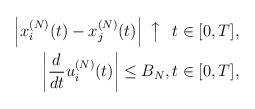
LaTeX: \begin{align*} \left|x_i^{(N)}( t) - x_j^{(N)}(t)\right|\ \big \uparrow\ \ t \in [0,T] , \\ \left| \frac{d}{dt}u_i^{(N)}(t)\right| \leq B_N, t \in [0,T], \end{align*}